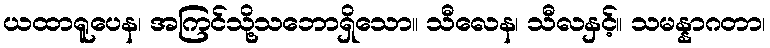
ယထာရူပေန၊ အကြင်သို့သဘောရှိသော။ သီလေန၊ သီလနှင့်။ သမန္နာဂတာ၊